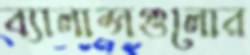
ব্যালান্সগুলোর